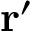
{ \mathbf { r } ^ { \prime } }